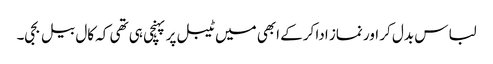
لباس بدل کر اور نماز ادا کرکے ابھی میں ٹیبل پر پہنچی ہی تھی کہ کال بیل بجی۔